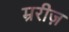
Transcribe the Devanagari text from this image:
म्ररीज़